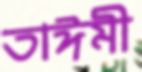
তাঈমী